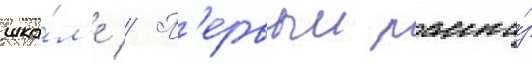
шко́л'е // П'ервыи расска́з